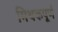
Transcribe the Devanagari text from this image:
मिथकपूर्ण